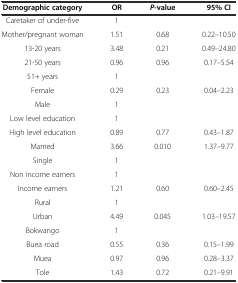
<table><thead><tr><td><b>Demographic category</b></td><td><b>OR</b></td><td><b><i>P</i>-value</b></td><td><b>95% CI</b></td></tr></thead><tbody><tr><td>Caretaker of under-five</td><td>1</td><td></td><td></td></tr><tr><td>Mother/pregnant woman</td><td>1.51</td><td>0.68</td><td>0.22–10.50</td></tr><tr><td>13-20 years</td><td>3.48</td><td>0.21</td><td>0.49–24.80</td></tr><tr><td>21-50 years</td><td>0.96</td><td>0.96</td><td>0.17–5.54</td></tr><tr><td>51+ years</td><td>1</td><td></td><td></td></tr><tr><td>Female</td><td>0.29</td><td>0.23</td><td>0.04–2.23</td></tr><tr><td>Male</td><td>1</td><td></td><td></td></tr><tr><td>Low level education</td><td>1</td><td></td><td></td></tr><tr><td>High level education</td><td>0.89</td><td>0.77</td><td>0.43–1.87</td></tr><tr><td>Married</td><td>3.66</td><td>0.010</td><td>1.37–9.77</td></tr><tr><td>Single</td><td>1</td><td></td><td></td></tr><tr><td>Non income earners</td><td>1</td><td></td><td></td></tr><tr><td>Income earners</td><td>1.21</td><td>0.60</td><td>0.60–2.45</td></tr><tr><td>Rural</td><td>1</td><td></td><td></td></tr><tr><td>Urban</td><td>4.49</td><td>0.045</td><td>1.03–19.57</td></tr><tr><td>Bokwango</td><td>1</td><td></td><td></td></tr><tr><td>Buea road</td><td>0.55</td><td>0.36</td><td>0.15–1.99</td></tr><tr><td>Muea</td><td>0.97</td><td>0.96</td><td>0.28–3.37</td></tr><tr><td>Tole</td><td>1.43</td><td>0.72</td><td>0.21–9.91</td></tr></tbody></table>